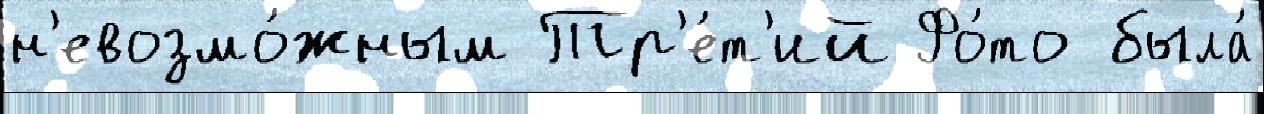
н'евозмо́жным Тр'е́т'ий Фо́то была́